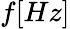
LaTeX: f[Hz]